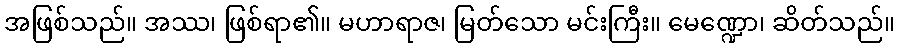
အဖြစ်သည်။ အဿ၊ ဖြစ်ရာ၏။ မဟာရာဇ၊ မြတ်သော မင်းကြီး။ မေဏ္ဍော၊ ဆိတ်သည်။